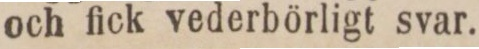
och fick vederbörligt svar.